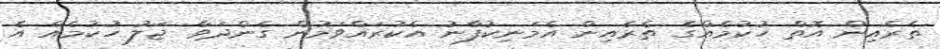
ތެރެއިން އޮތް ހުކުމެއްގެ ތެރެއިން އެމަނިކުފާނު އެކުރައްވަމުން ގެންދަވާ ޖަލު ހުކުމެއް އެ